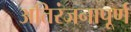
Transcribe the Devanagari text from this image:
अतिरंजनापूर्ण